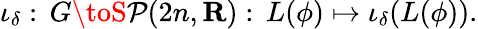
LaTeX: \iota_{\delta}:\, G\toS\mathcal{P}(2n,{\mathbf{R}}):\, L(\phi)\mapsto\iota_{\delta}(L(\phi)).